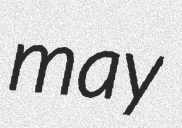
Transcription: may